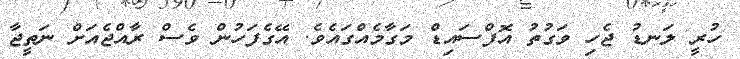
ހުރީ ލަނޑު ޖެހި ވަގުތު އޮފްސައިޑް މަގާމެއްގައެވެ. އޭގެފަހުން ވެސް ރާއްޖެއަށް ނަތީޖާ